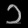
Digit: ၁